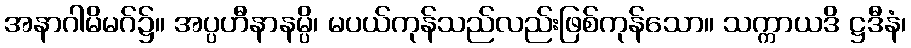
အနာဂါမိမဂ်၌။ အပ္ပဟီနာနမ္ပိ၊ မပယ်ကုန်သည်လည်းဖြစ်ကုန်သော။ သက္ကာယဒိ ဋ္ဌဒီနံ၊